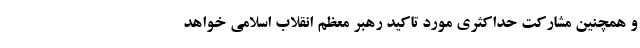
و همچنین مشارکت حداکثری مورد تاکید رهبر معظم انقلاب اسلامی خواهد